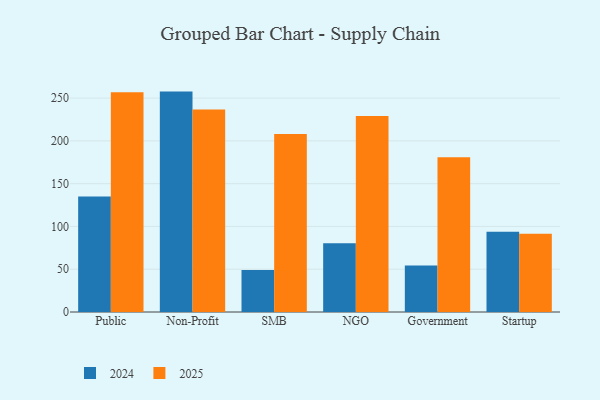
{"axis": {"x": "Segment", "y": "Operating Costs (USD K)"}, "legend": ["2024", "2025"], "data": [{"x": "Public", "y": 256.8, "type": "2025"}, {"x": "Public", "y": 134.9, "type": "2024"}, {"x": "Non-Profit", "y": 236.8, "type": "2025"}, {"x": "Non-Profit", "y": 257.6, "type": "2024"}, {"x": "SMB", "y": 208.0, "type": "2025"}, {"x": "SMB", "y": 49.2, "type": "2024"}, {"x": "NGO", "y": 229.0, "type": "2025"}, {"x": "NGO", "y": 80.5, "type": "2024"}, {"x": "Government", "y": 180.9, "type": "2025"}, {"x": "Government", "y": 54.4, "type": "2024"}, {"x": "Startup", "y": 91.5, "type": "2025"}, {"x": "Startup", "y": 93.7, "type": "2024"}]}